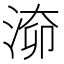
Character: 𣶐